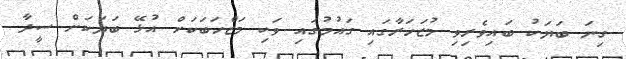
ގިނަ ބަޔަކު ބައިވެރިވި މުޒަހަރާގައި ގައުމުގައި ވަކި މަޒްހަބަކަށް އުޅޭ ބަޔަކަށް ސީދާ